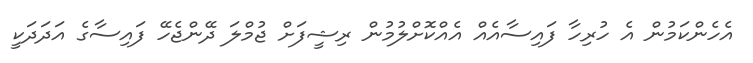
އެހެންކަމުން އެ ހުރިހާ ފައިސާއެއް އެއްކޮށްލުމުން ރިޝީފަށް ޖުމްލަ ދޭންޖެހޭ ފައިސާގެ އަދަދަކީ